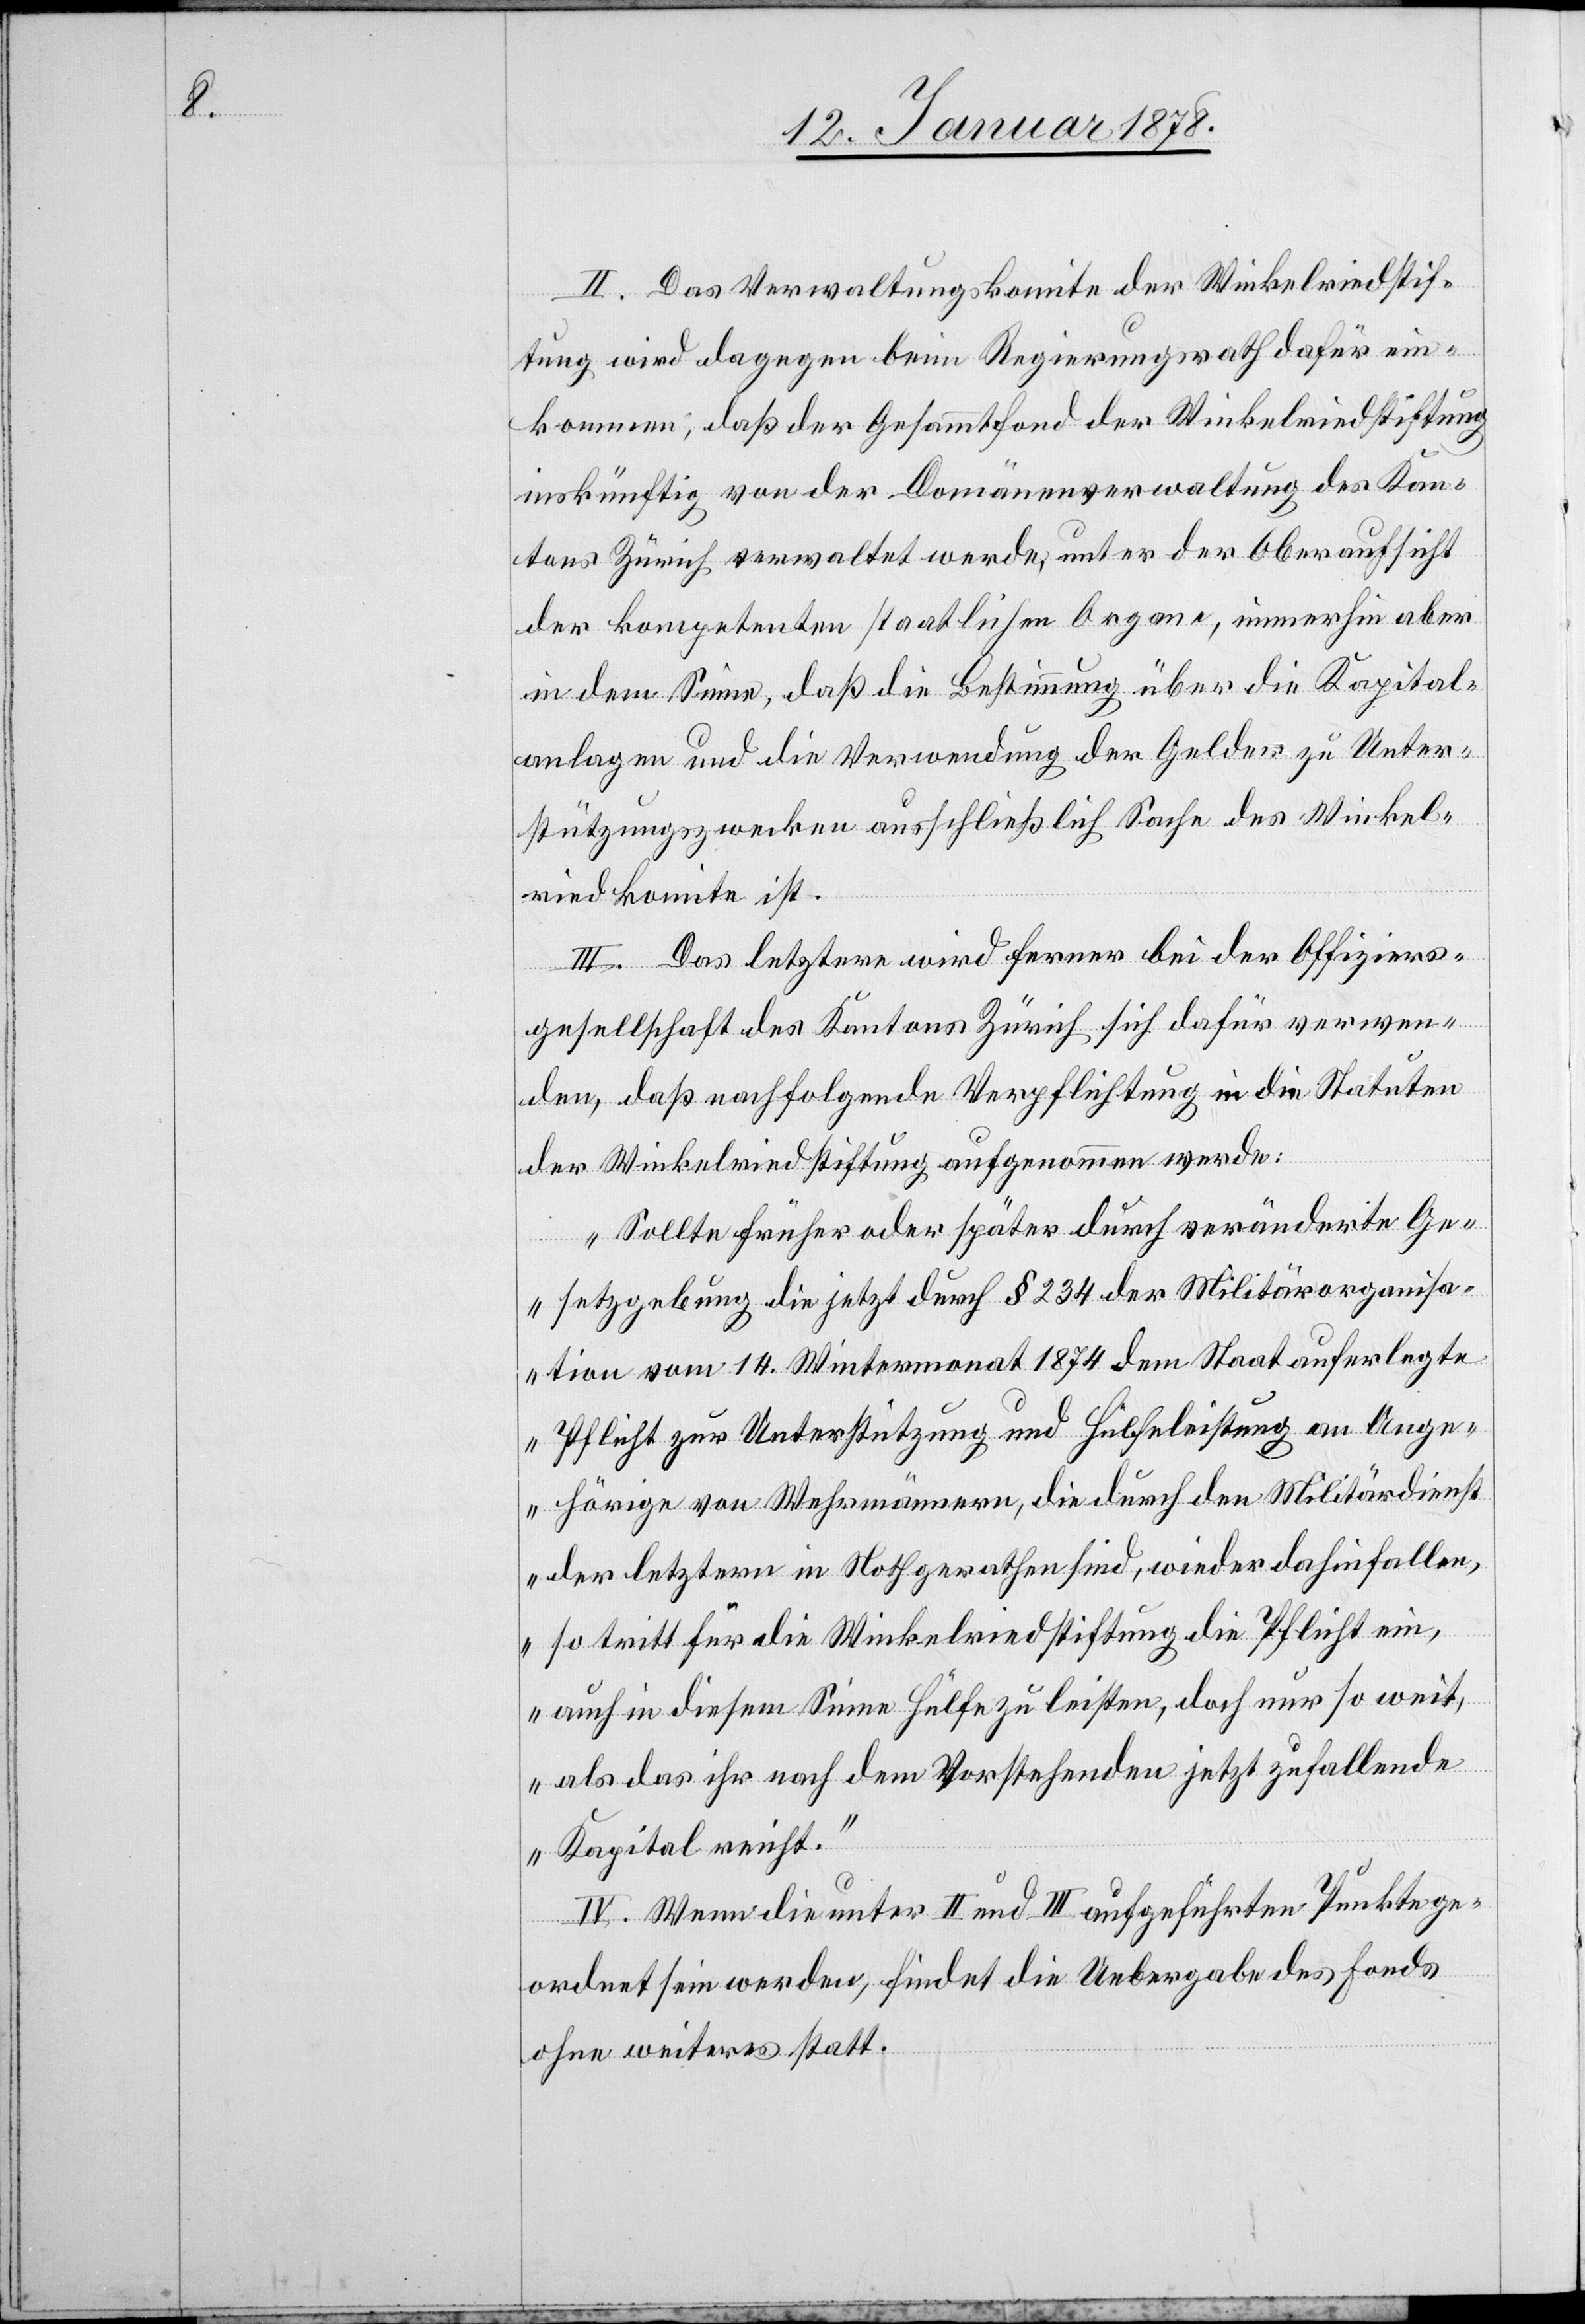
II. Das Verwaltungskomité der Winkelriedstif¬
tung wird dagegen beim Regierungsrath dafür ein¬
kommen; daß der Gesammtfond der Winkelriedstiftung
inskünftig von der Domänenverwaltung des Kan¬
tons Zürich verwaltet werde, unter der Oberaufsicht
der kompetenten staatlichen Organe, immerhin aber
in dem Sinne, daß die Bestimmung über die Kapital¬
anlagen und die Verwendung der Gelder zu Unter¬
stützungszwecken ausschließlich Sache des Winkel¬
riedkomite ist.
III. Das letztere wird ferner bei der Offiziers¬
gesellschaft des Kantons Zürich sich dafür verwen¬
den, daß nachfolgende Verpflichtung in die Statuten
der Winkelriedstiftung aufgenommen werde:
„Sollte früher oder später durch veränderte Ge¬
setzgebung die jetzt durch § 234 der Militärorganisa¬
tion vom 14 Wintermonat 1874 dem Staat auferlegte
Pflicht zur Unterstützung und Hülfeleistung an Ange¬
hörige von Wehrmännern, die durch den Militärdienst
der letztern in Noth gerathen sind, wieder dahinfallen,
so tritt für die Winkelriedstiftung die Pflicht ein,
auch in diesem Sinne Hülfe zu leisten, doch nur so weit,
als das ihr nach dem Vorstehenden jetzt zufallende
Kapital reicht.“
IV. Wenn die unter II und III aufgeführten Punkte ge¬
ordnet sein werden, findet die Uebergabe des Fonds
ohne weiteres statt.